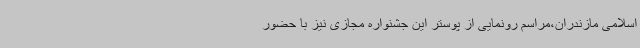
اسلامی مازندران،مراسم رونمایی از پوستر این جشنواره مجازی نیز با حضور